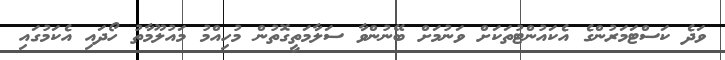
ވަދެ ކަސްޓަމަރުންގެ އެކައުންޓުތަކަށް ވަނުމަށް ބޭނުންވާ ސަލާމަތީގޮތުން މުހިއްމު މައުލޫމާތު ހޯދައި އެކަމުގައި